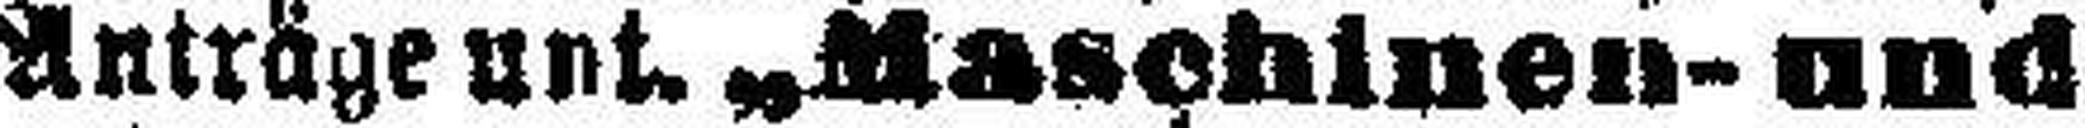
Anträge unt. „Maschinen- und